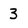
Character: 3